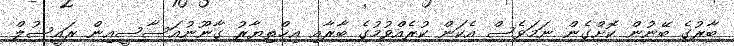
ބާރުގެ ބޭނުން ކޮށްގެން ނަމަވެސް އެކަން ކުރެއްވުމުގެ ބާރާއި އިޚްތިޔާރު ގާނޫނުއަސާސީއިން ރައީސުލް